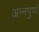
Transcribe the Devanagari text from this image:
अन्‍नपुर्णा